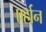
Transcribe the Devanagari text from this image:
एर्हान